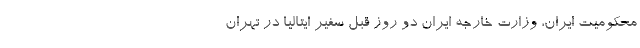
محکومیت ایران، وزارت خارجه ایران دو روز قبل سفیر ایتالیا در تهران